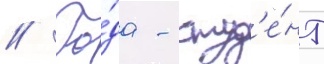
// Го́да - студ'е́нт